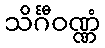
သိင်္ဂီဝဏ္ဏံ